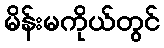
မိန်းမကိုယ်တွင်